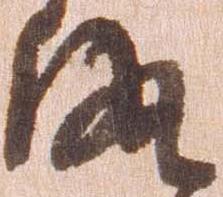
な